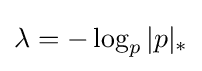
\lambda =-\log _{p}|p|_{*}